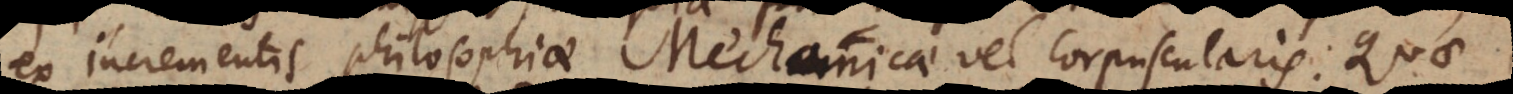
ex incrementis Philosophiae Mechanicae vel Corpuscularis. Quae